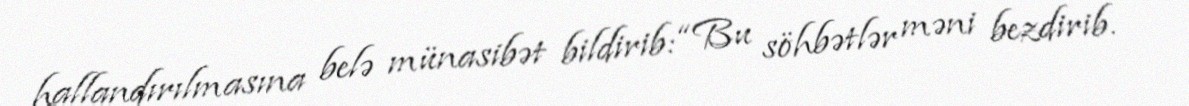
hallandırılmasına belə münasibət bildirib: “Bu söhbətlər məni bezdirib.